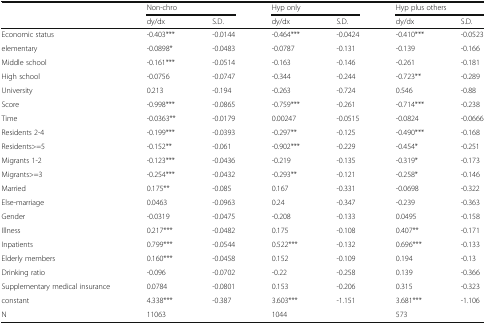
<table><thead><tr><td></td><td colspan="2"><b>Non-chro</b></td><td colspan="2"><b>Hyp only</b></td><td colspan="2"><b>Hyp plus others</b></td></tr><tr><td></td><td><b>dy/dx</b></td><td><b>S.D.</b></td><td><b>dy/dx</b></td><td><b>S.D.</b></td><td><b>dy/dx</b></td><td><b>S.D.</b></td></tr></thead><tbody><tr><td>Economic status</td><td>-0.403***</td><td>-0.0144</td><td>-0.464***</td><td>-0.0424</td><td>-0.410***</td><td>-0.0523</td></tr><tr><td>elementary</td><td>-0.0898*</td><td>-0.0483</td><td>-0.0787</td><td>-0.131</td><td>-0.139</td><td>-0.166</td></tr><tr><td>Middle school</td><td>-0.161***</td><td>-0.0514</td><td>-0.163</td><td>-0.146</td><td>-0.261</td><td>-0.181</td></tr><tr><td>High school</td><td>-0.0756</td><td>-0.0747</td><td>-0.344</td><td>-0.244</td><td>-0.723**</td><td>-0.289</td></tr><tr><td>University</td><td>0.213</td><td>-0.194</td><td>-0.263</td><td>-0.724</td><td>0.546</td><td>-0.88</td></tr><tr><td>Score</td><td>-0.998***</td><td>-0.0865</td><td>-0.759***</td><td>-0.261</td><td>-0.714***</td><td>-0.238</td></tr><tr><td>Time</td><td>-0.0363**</td><td>-0.0179</td><td>0.00247</td><td>-0.0515</td><td>-0.0824</td><td>-0.0666</td></tr><tr><td>Residents 2-4</td><td>-0.199***</td><td>-0.0393</td><td>-0.297**</td><td>-0.125</td><td>-0.490***</td><td>-0.168</td></tr><tr><td>Residents&gt;=5</td><td>-0.152**</td><td>-0.061</td><td>-0.902***</td><td>-0.229</td><td>-0.454*</td><td>-0.251</td></tr><tr><td>Migrants 1-2</td><td>-0.123***</td><td>-0.0436</td><td>-0.219</td><td>-0.135</td><td>-0.319*</td><td>-0.173</td></tr><tr><td>Migrants&gt;=3</td><td>-0.254***</td><td>-0.0432</td><td>-0.293**</td><td>-0.121</td><td>-0.258*</td><td>-0.146</td></tr><tr><td>Married</td><td>0.175**</td><td>-0.085</td><td>0.167</td><td>-0.331</td><td>-0.0698</td><td>-0.322</td></tr><tr><td>Else-marriage</td><td>0.0463</td><td>-0.0963</td><td>0.24</td><td>-0.347</td><td>-0.239</td><td>-0.363</td></tr><tr><td>Gender</td><td>-0.0319</td><td>-0.0475</td><td>-0.208</td><td>-0.133</td><td>0.0495</td><td>-0.158</td></tr><tr><td>Illness</td><td>0.217***</td><td>-0.0482</td><td>0.175</td><td>-0.108</td><td>0.407**</td><td>-0.171</td></tr><tr><td>Inpatients</td><td>0.799***</td><td>-0.0544</td><td>0.522***</td><td>-0.132</td><td>0.696***</td><td>-0.133</td></tr><tr><td>Elderly members</td><td>0.160***</td><td>-0.0458</td><td>0.152</td><td>-0.109</td><td>0.194</td><td>-0.13</td></tr><tr><td>Drinking ratio</td><td>-0.096</td><td>-0.0702</td><td>-0.22</td><td>-0.258</td><td>0.139</td><td>-0.366</td></tr><tr><td>Supplementary medical insurance</td><td>0.0784</td><td>-0.0801</td><td>0.153</td><td>-0.206</td><td>0.315</td><td>-0.323</td></tr><tr><td>constant</td><td>4.338***</td><td>-0.387</td><td>3.603***</td><td>-1.151</td><td>3.681***</td><td>-1.106</td></tr><tr><td>N</td><td colspan="2">11063</td><td colspan="2">1044</td><td colspan="2">573</td></tr></tbody></table>